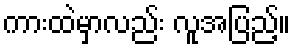
ကားထဲမှာလည်း လူအပြည့်။